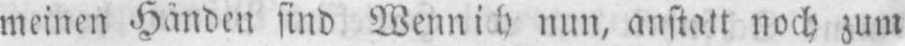
nun, anstatt noch zum